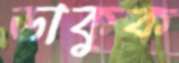
ডাকুক